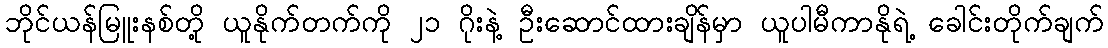
ဘိုင်ယန်မြူးနစ်တို့ ယူနိုက်တက်ကို ၂၁ ဂိုးနဲ့ ဦးဆောင်ထားချိန်မှာ ယူပါမီကာနိုရဲ့ ခေါင်းတိုက်ချက်